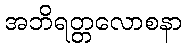
အဘိရတ္တလောစနာ